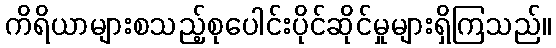
ကိရိယာများစသည့်စုပေါင်းပိုင်ဆိုင်မှုများရှိကြသည်။